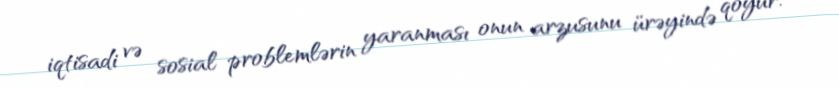
iqtisadi və sosial problemlərin yaranması onun arzusunu ürəyində qoyur.